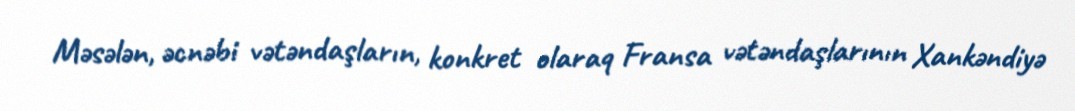
Məsələn, əcnəbi vətəndaşların, konkret olaraq Fransa vətəndaşlarının Xankəndiyə